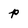
Character: p